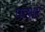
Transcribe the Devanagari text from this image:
पत्थ्रर